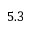
5 . 3